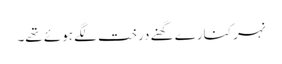
نہر کنارے گھنے درخت لگے ہوئے تھے۔